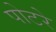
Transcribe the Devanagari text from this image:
पोटरे